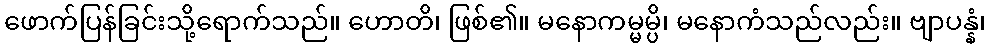
ဖောက်ပြန်ခြင်းသို့ရောက်သည်။ ဟောတိ၊ ဖြစ်၏။ မနောကမ္မမ္ပိ၊ မနောကံသည်လည်း။ ဗျာပန္နံ၊